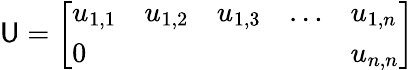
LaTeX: \mathsf{U}={\left[\begin{array}{lllll}{u_{1,1}}&{u_{1,2}}&{u_{1,3}}&{\ldots}&{u_{1,n}}\\ {0}&{}&{}&{}&{u_{n,n}}\end{array}\right]}